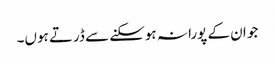
جو ان کے پورا نہ ہوسکنے سے ڈرتے ہوں۔